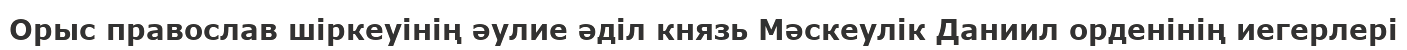
Орыс православ шіркеуінің әулие әділ князь Мәскеулік Даниил орденінің иегерлері